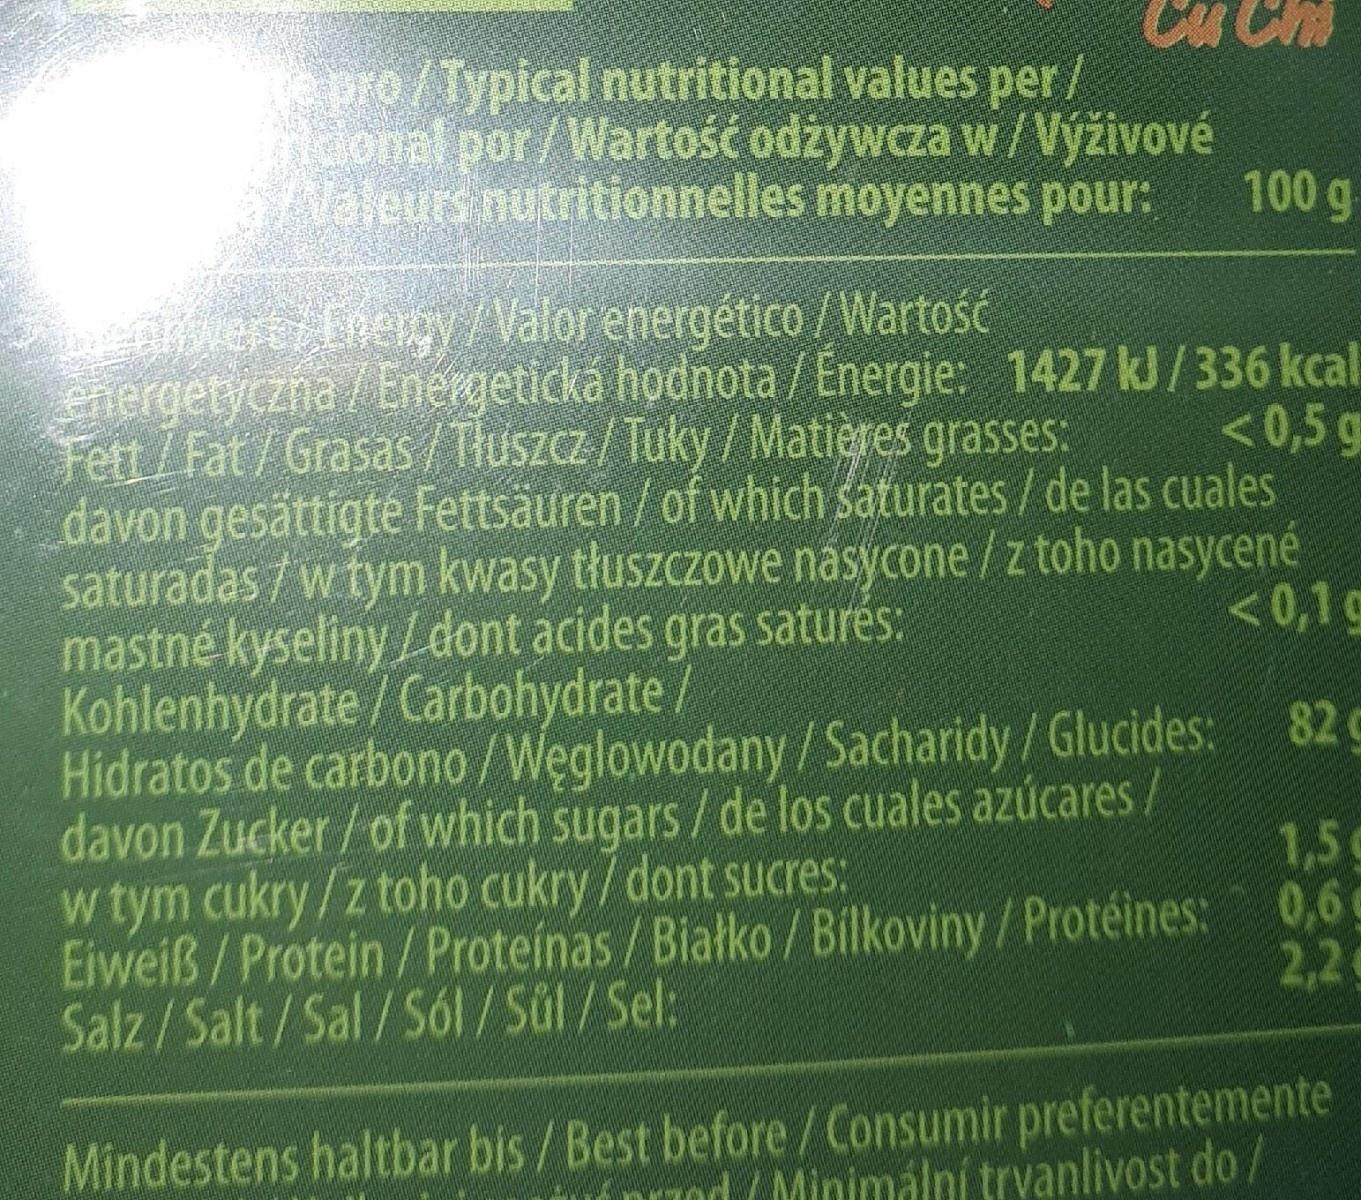
Cu Chm
pro/Typical nutritional values per/ donal por/Wartość odżywcza w/Výživové Neurinutritionnelles moyennes pour:
100 g
wers/Fnergy/Valor energetico / Wartość energetyczna / Energetická hodnota / Energie: 1427 kJ/336 kcal Fett/Fat/Grasas/Tiuszcz/ Tuky / Matières grasses: davon gesättigte Fettsäuren / of which saturates / de las cuales saturadas / wtym kwasy tłuszczowe násycone / z toho nasycené mastné kyseliny /dont acides gras saturés: Kohlenhydrate / Carbohydrate/ Hidratos de carbono/Węglowodany / Sacharidy/Glucides: 82g davon Zucker/of which sugars / de los cuales azúcares/ w tym cukry/z toho cukry / dont sucres: Eiweiß/Protein/Proteínas / Białko / Bilkoviny / Protéines: 0,6 g Salz/Salt/Sal/Sól/Sül/Sel:
<0,5 g
<0,1g
c
1,5g
2,2
Mindestens haltbar bis /Best before/Consumir preferentemente od (Minimální trvanlivost do/